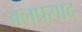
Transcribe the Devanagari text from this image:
जलप्रसाद